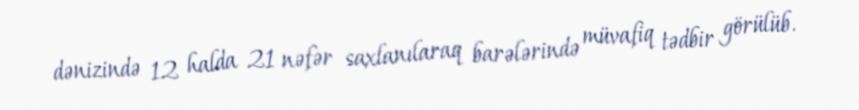
də­ni­zin­də 12 halda 21 nəfər saxlanılaraq barələrində müvafiq tədbir görülüb.